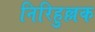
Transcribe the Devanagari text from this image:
निरिहुल्लक